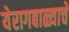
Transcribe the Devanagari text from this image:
येरागबाळ्याचे